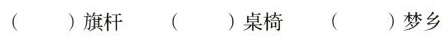
( )旗杆 ( )桌椅 ( )梦乡